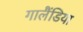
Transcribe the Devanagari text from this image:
गालैंडिया